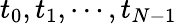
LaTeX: t_{0},t_{1},\cdots,t_{N-1}